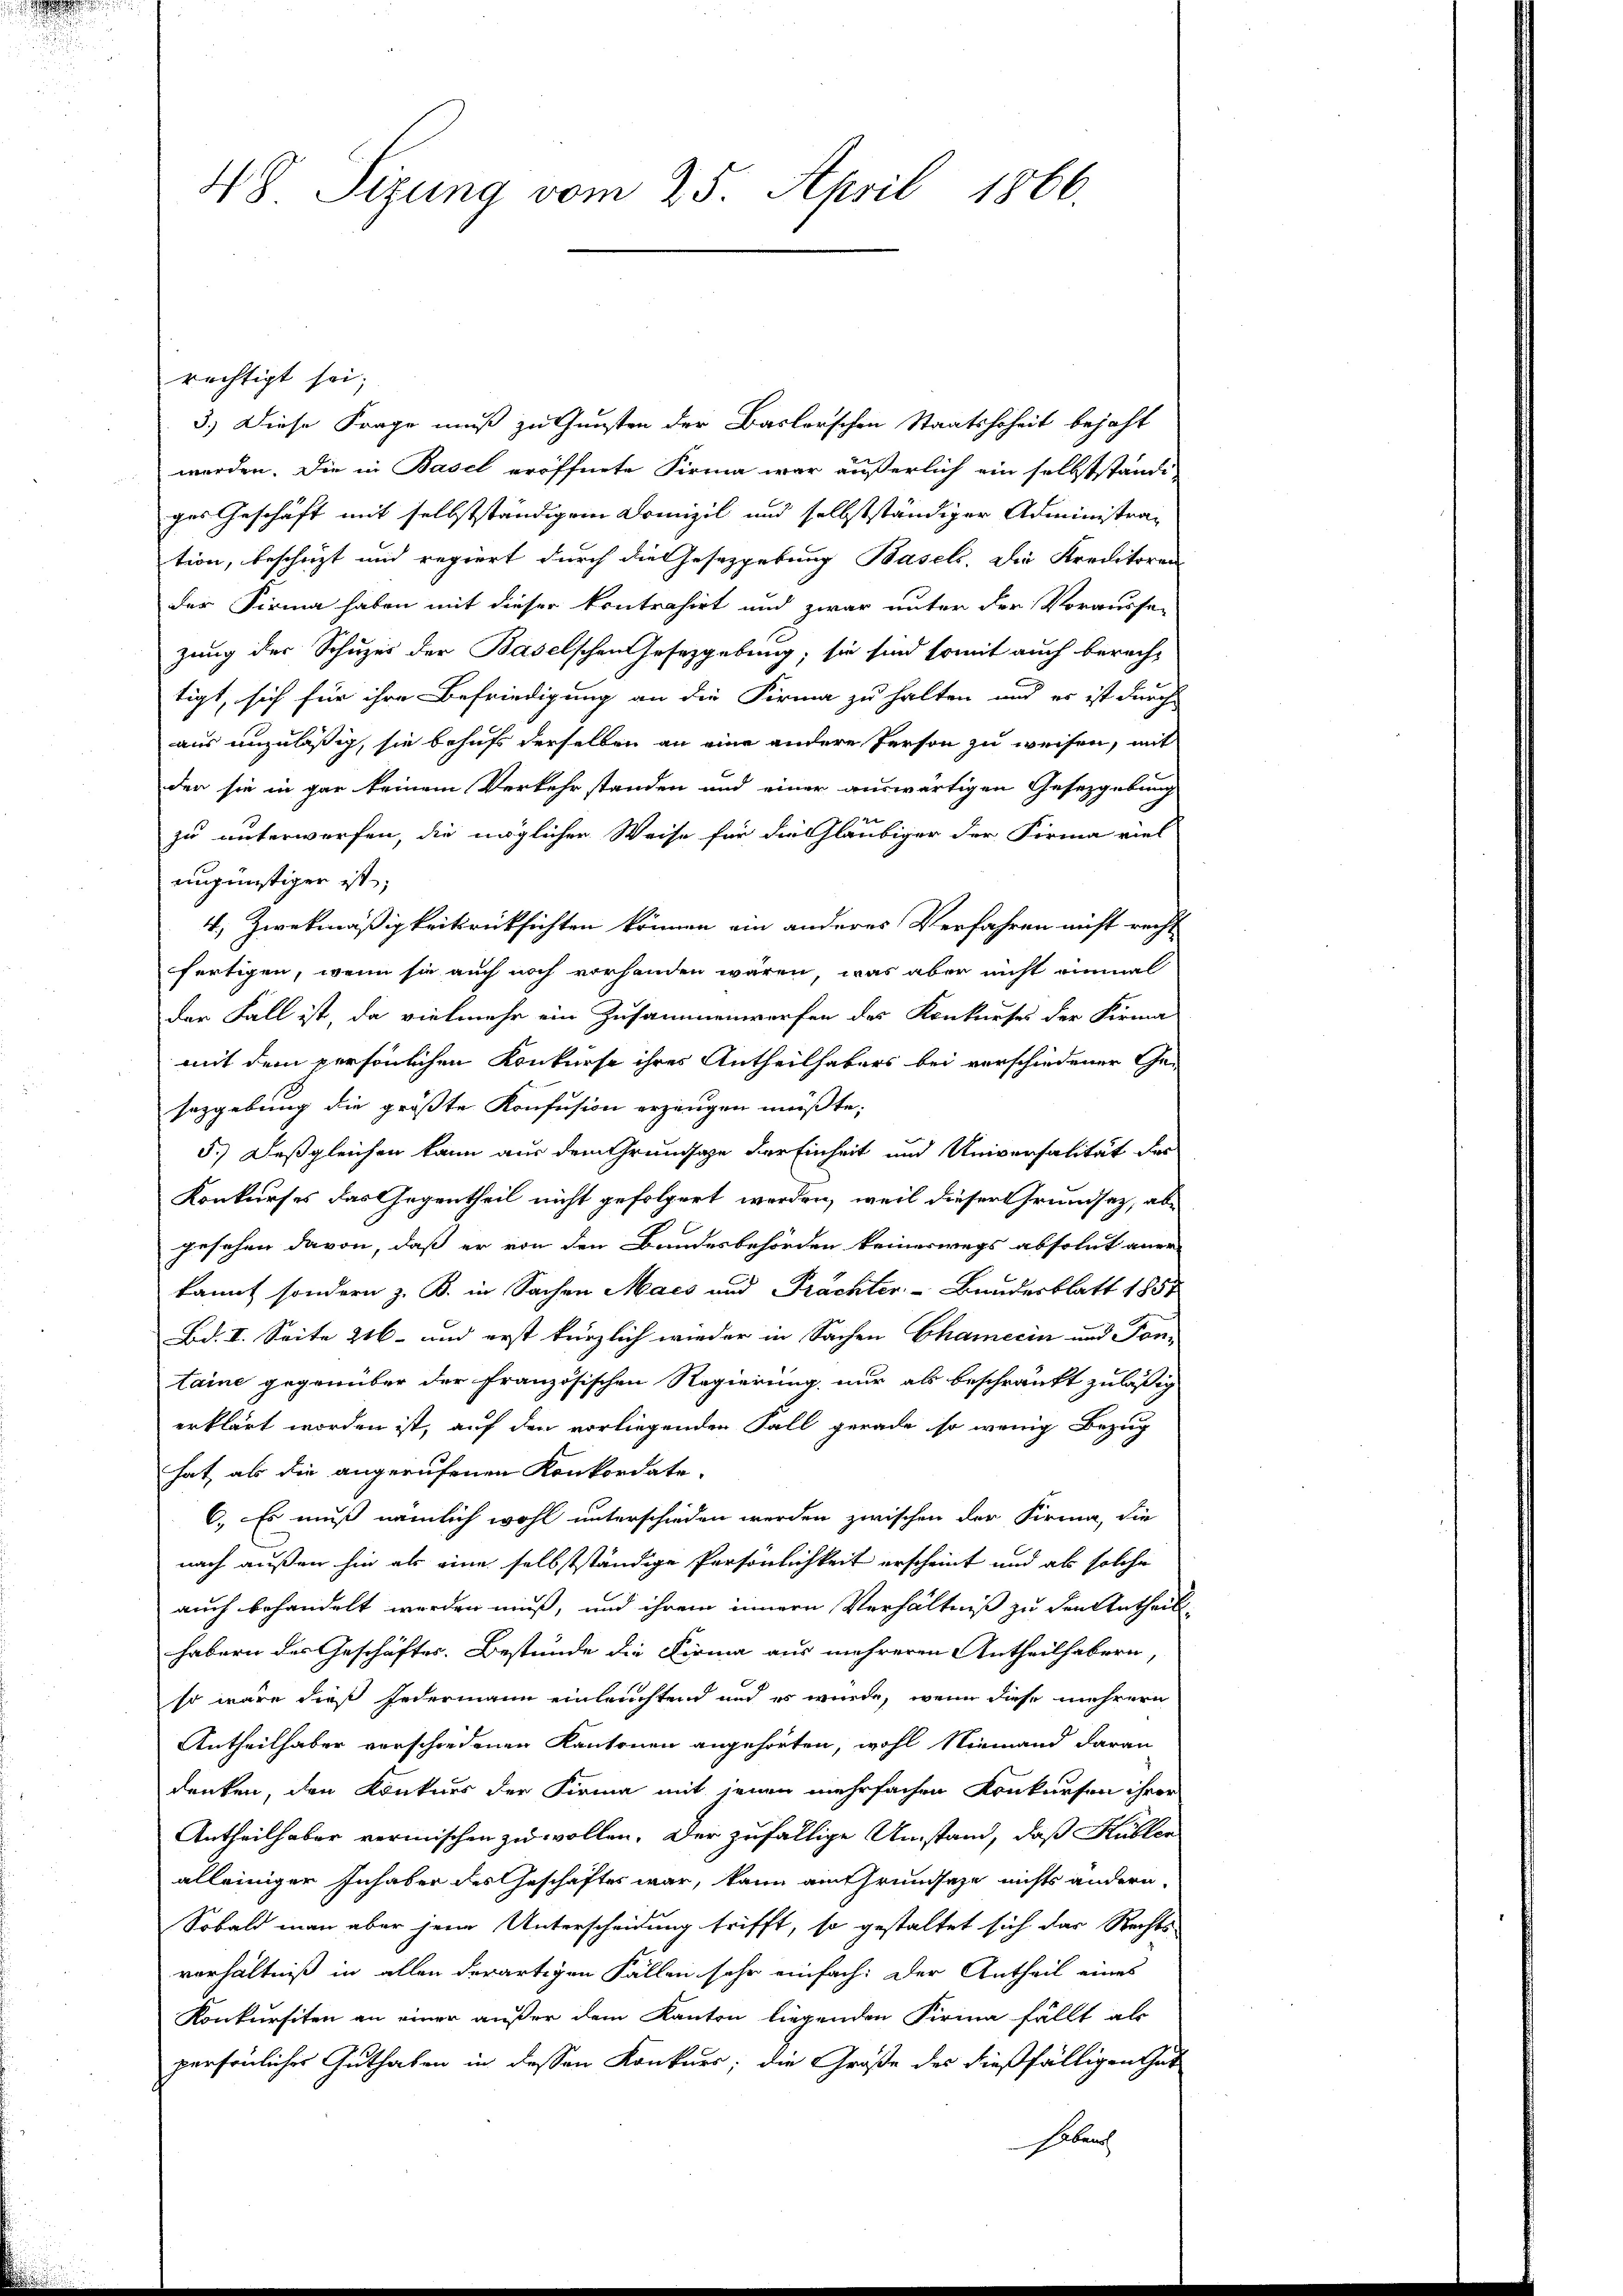
48 Sizung vom 25. April 1866.

rechtigt sei;
3.) Diese Frage muß zu Gunsten der Baslerschen Staatshoheit bejaht
werden. Die in Basel eröffnete Firma war äußerlich ein selbstständi
ges Geschäft mit selbstständigem Domizil und selbstständiger Administration, beschäzt und regiert durch die Gesetzgebung Basels. Die Kreditoren
der Firma haben mit dieser kontrahirt und zwar unter der Vorausse-
zung der Schuzes der Baselschen Gesetzgebung, sie sind somit auch berecht
tigt, sich für ihre Befriedigung an die Firma zu halten und er ist durch
aus unzuläßig, sie behufs derselben an eine andere Person zu weisen, mit
der sie in gar keinem Verkehrstanden und einer auswärtigen Gesetzgebung

zu unterwerfen, die möglicher Weise für die Gläubiger der Firma viel
ungünstigen ist;
4) Zweckmäßigkeitsrücksichten können ein anderes Verfahren nicht recht
fertigen, wenn sie auch noch vorhanden wären, was aber nicht einmal
der Fall ist, da vielmehr ein Zusammenwerfen des Konkurses der Firma
mit dem persönlichen Konkurse ihres Antheilhabers bei verschiedener Ge-
sazgebung die größte Konfusion erzeugen müßte;
5.) Daß gleichen kann aus dem Grundsatze der Einheit und Universalität des
Konkurses das Gegentheil nicht gefolgert worden, weil dieser Grundsatz, abgesehen davon, daß er von den Bandesbehörden keineswegs absolut aner-
kannt sondern z. B. in Sachen Macs und Prächter- Bundesblatt 1857
Bd. I. Seite 216 und erst kürzlich wieder in Sachen Chamecin und Pon-
taine gegenüber der französischen Regierung nur als beschränkt zuläßig
erklärt worden ist, auf den vorliegenden Fall gerade so wenig Bezug
hat, als die angerufenen Konkordate.
C. Es muß nämlich wohl unterschieden werden zwischen der Firma, die
nach außen hin als eine selbstständige Persönlichkeit erscheint und als solche
auch behandelt werden muß, und ihrem innern Verhältniß zu den Urtheil-
habern des Geschäftes. Bestunde die Firma aus mehreren Antheilhabern,
so wäre dieß Federmann einleuchtend und es würde, wenn diese mehrern
Antheilhaber verschiedenen Kantonen angehörten, wohl Niemand daran
denken, den Konkurs der Firma mit jenen mehrfachen Konkursen ihrer
Antheilhaber vermischen zu wollen. Der zufällige Umstand, daß Küblen
alleiniger Inhaber des Geschäftes war, kann am Grundsaze nichts ändern.
Sobald man aber jene Unterscheidung trifft, so gestaltet sich das Rechts
verhältniß in allen derartigen Fällen sehr einfach: der Antheil eines
Konkursiten an einer außer dem Kanton liegenden Firma fällt als
persönliches Guthaben in dessen Konkurs; die Große des dießfälligen Gut
habens